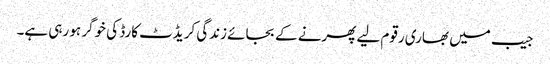
جیب میں بھاری رقوم لیے پھرنے کے بجائے زندگی کریڈٹ کارڈ کی خوگر ہو رہی ہے۔